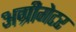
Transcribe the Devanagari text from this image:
अग्रीगेटर